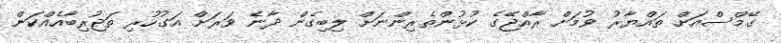
ގޭމްސްއަށް ތައްޔާރު ވުމަށް ރާއްޖޭގެ ކުޅުންތެރިންނަށް ލިބިގެން ދާނެ ވަރަށް އަގުހުރި ތަޖުރިބާއެއްކަން